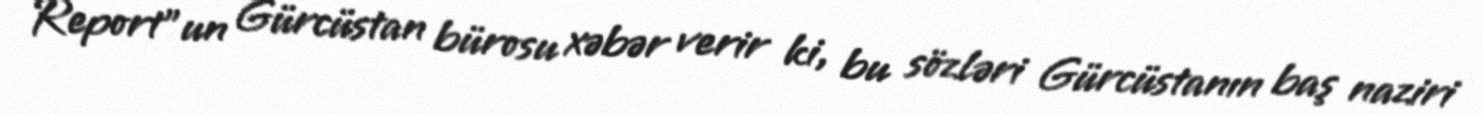
Report"un Gürcüstan bürosu xəbər verir ki, bu sözləri Gürcüstanın baş naziri